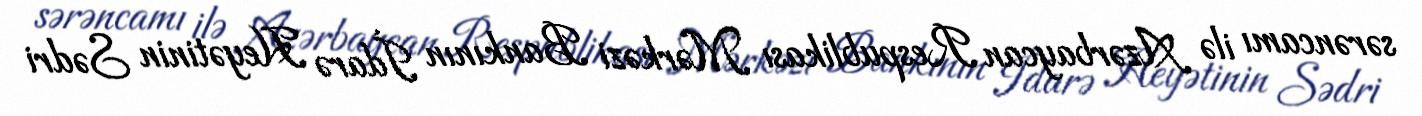
sərəncamı ilə Azərbaycan Respublikası Mərkəzi Bankının İdarə Heyətinin Sədri